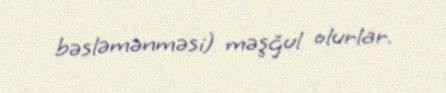
bəsləmənməsi) məşğul olurlar.